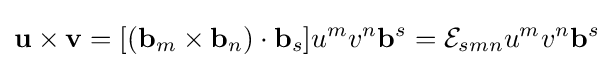
\mathbf {u} \times \mathbf {v} =[(\mathbf {b} _{m}\times \mathbf {b} _{n})\cdot \mathbf {b} _{s}]u^{m}v^{n}\mathbf {b} ^{s}={\mathcal {E}}_{smn}u^{m}v^{n}\mathbf {b} ^{s}